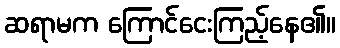
ဆရာမက ကြောင်ငေးကြည့်နေ၏။